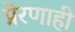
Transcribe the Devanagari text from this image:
प्रेरणाही